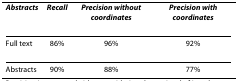
| Abstracts | Recall | Precision without coordinates | Precision with coordinates |
 | --- | --- | --- | --- |
 | Full text | 86% | 96% | 92% |
 | Abstracts | 90% | 88% | 77% |